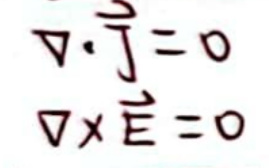
\[
\nabla \cdot \vec{J} = 0\\
\nabla \times \vec{E} = 0
\]